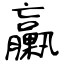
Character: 臝